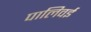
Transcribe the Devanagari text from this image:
पालिवई